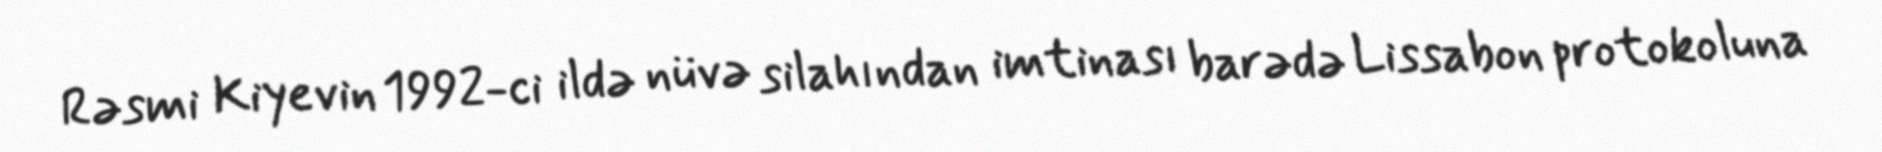
Rəsmi Kiyevin 1992-ci ildə nüvə silahından imtinası barədə Lissabon protokoluna